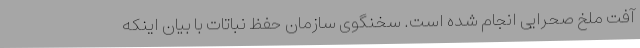
آفت ملخ صحرایی انجام شده است. سخنگوی سازمان حفظ نباتات با بیان اینکه